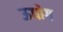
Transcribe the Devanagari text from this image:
ऊधोग